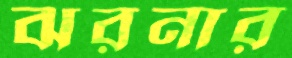
ঝরনার